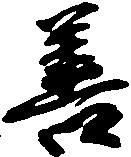
善